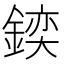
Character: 𨩌